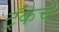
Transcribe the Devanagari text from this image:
ट्रॅकचं